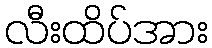
လီးထိပ်အား